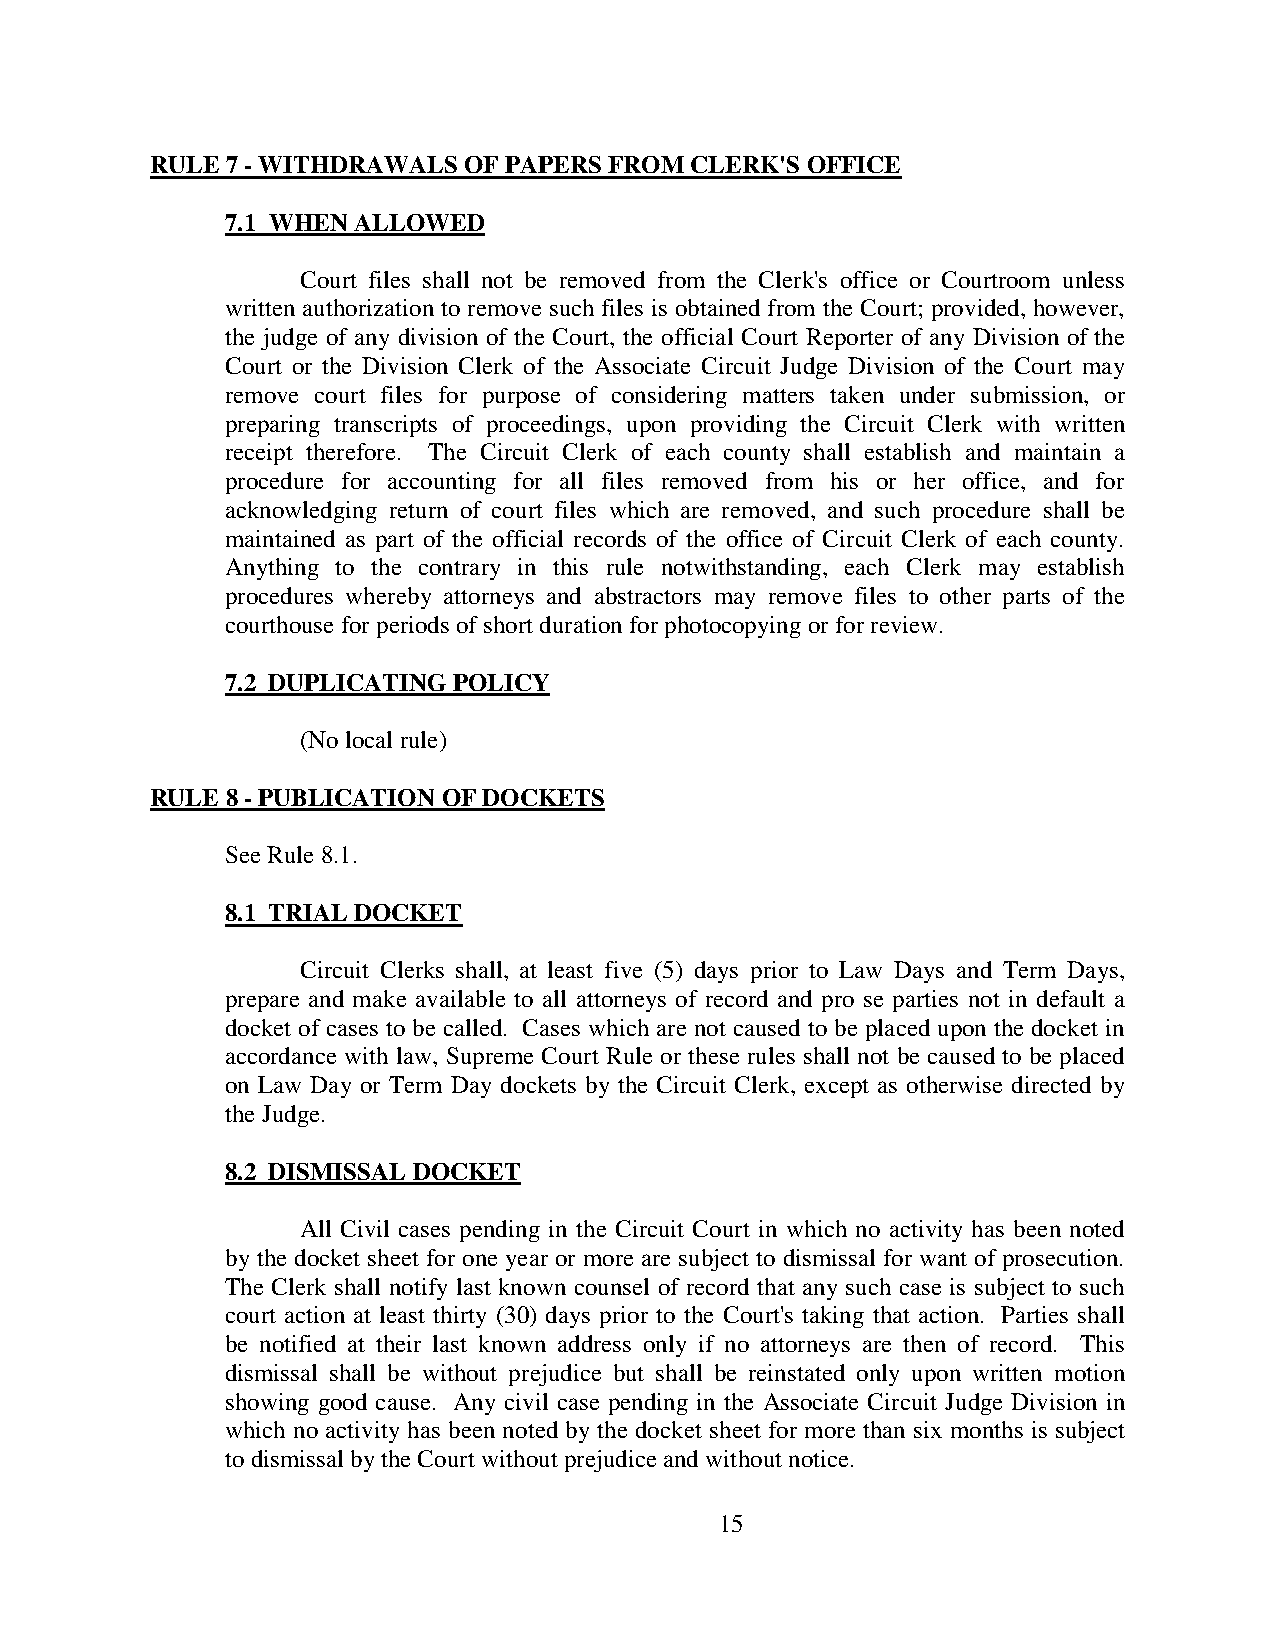
RULE 7 - WITHDRAWALS OF PAPERS FROM CLERK'S OFFICE
 7.1 WHEN ALLOWED
 Court files shall not be removed from the Clerk's office or Courtroom unless
 written authorization to remove such files is obtained from the Court; provided, however,
 the judge of any division of the Court, the official Court Reporter of any Division of the
 Court or the Division Clerk of the Associate Circuit Judge Division of the Court may
 remove court files for purpose of considering matters taken under submission, or
 preparing transcripts of proceedings, upon providing the Circuit Clerk with written
 receipt therefore. The Circuit Clerk of each county shall establish and maintain a
 procedure for accounting for all files removed from his or her office, and for
 acknowledging return of court files which are removed, and such procedure shall be
 maintained as part of the official records of the office of Circuit Clerk of each county.
 Anything to the contrary in this rule notwithstanding, each Clerk may establish
 procedures whereby attorneys and abstractors may remove files to other parts of the
 courthouse for periods of short duration for photocopying or for review.
 7.2 DUPLICATING POLICY
 (No local rule)
 RULE 8 - PUBLICATION OF DOCKETS
 See Rule 8.1.
 8.1 TRIAL DOCKET
 Circuit Clerks shall, at least five (5) days prior to Law Days and Term Days,
 prepare and make available to all attorneys of record and pro se parties not in default a
 docket of cases to be called. Cases which are not caused to be placed upon the docket in
 accordance with law, Supreme Court Rule or these rules shall not be caused to be placed
 on Law Day or Term Day dockets by the Circuit Clerk, except as otherwise directed by
 the Judge.
 8.2 DISMISSAL DOCKET
 All Civil cases pending in the Circuit Court in which no activity has been noted
 by the docket sheet for one year or more are subject to dismissal for want of prosecution.
 The Clerk shall notify last known counsel of record that any such case is subject to such
 court action at least thirty (30) days prior to the Court's taking that action. Parties shall
 be notified at their last known address only if no attorneys are then of record. This
 dismissal shall be without prejudice but shall be reinstated only upon written motion
 showing good cause. Any civil case pending in the Associate Circuit Judge Division in
 which no activity has been noted by the docket sheet for more than six months is subject
 to dismissal by the Court without prejudice and without notice.
 15